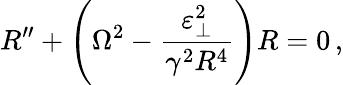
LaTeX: R^{\prime\prime}+\left(\Omega^{2}-\frac{\varepsilon_{\perp}^{2}}{\gamma^{2}R^{4}}\right)R=0\, ,